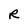
Character: R